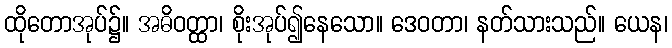
ထိုတောအုပ်၌။ အဓိဝတ္ထာ၊ စိုးအုပ်၍နေသော။ ဒေဝတာ၊ နတ်သားသည်။ ယေန၊